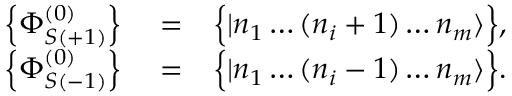
\begin{array} { r l r } { \left\{ \Phi _ { S ( + 1 ) } ^ { ( 0 ) } \right\} } & { { } = } & { \Big \{ | n _ { 1 } \dots ( n _ { i } + 1 ) \dots n _ { m } \rangle \Big \} , } \\ { \left\{ \Phi _ { S ( - 1 ) } ^ { ( 0 ) } \right\} } & { { } = } & { \Big \{ | n _ { 1 } \dots ( n _ { i } - 1 ) \dots n _ { m } \rangle \Big \} . } \end{array}